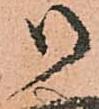
御